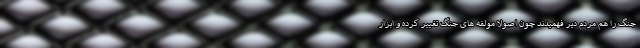
جنگ را هم مردم دیر فهمیدند چون اصولا مولفه‌ های جنگ تغییر کرده و ابزار